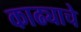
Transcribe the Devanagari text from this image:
काढ्याचे